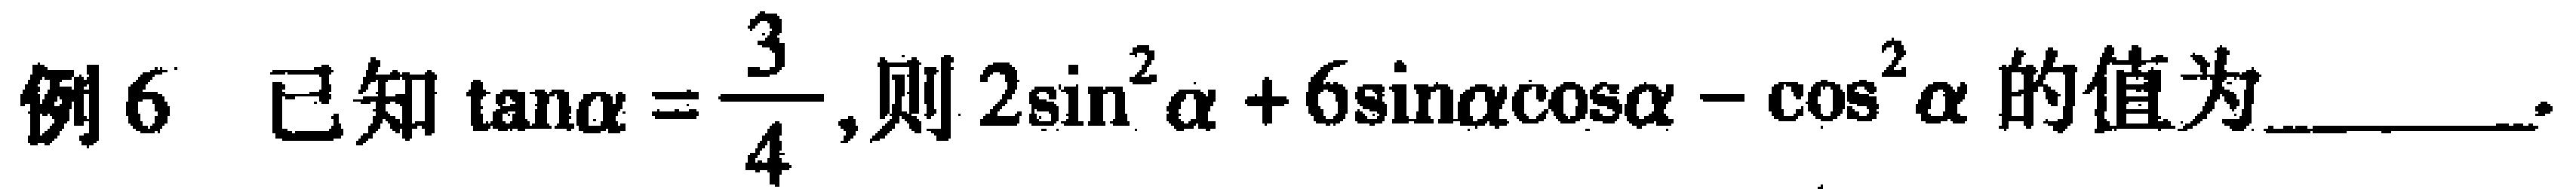
例6 已知$\tan\alpha = \dfrac{3}{4}$,则$2\sin^{2}\alpha + 6\sin\alpha\cos\alpha - \cos^{2}\alpha$的值为________.